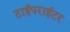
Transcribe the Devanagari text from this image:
टाईपराईटर